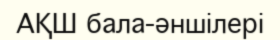
АҚШ бала-әншілері